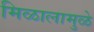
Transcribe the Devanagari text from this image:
मिळालामुळे